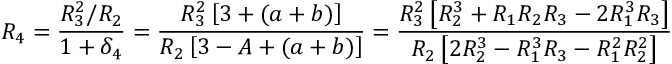
R _ { 4 } = \frac { R _ { 3 } ^ { 2 } / R _ { 2 } } { 1 + \delta _ { 4 } } = \frac { R _ { 3 } ^ { 2 } \left[ 3 + ( a + b ) \right] } { R _ { 2 } \left[ 3 - A + ( a + b ) \right] } = \frac { R _ { 3 } ^ { 2 } \left[ R _ { 2 } ^ { 3 } + R _ { 1 } R _ { 2 } R _ { 3 } - 2 R _ { 1 } ^ { 3 } R _ { 3 } \right] } { R _ { 2 } \left[ 2 R _ { 2 } ^ { 3 } - R _ { 1 } ^ { 3 } R _ { 3 } - R _ { 1 } ^ { 2 } R _ { 2 } ^ { 2 } \right] }